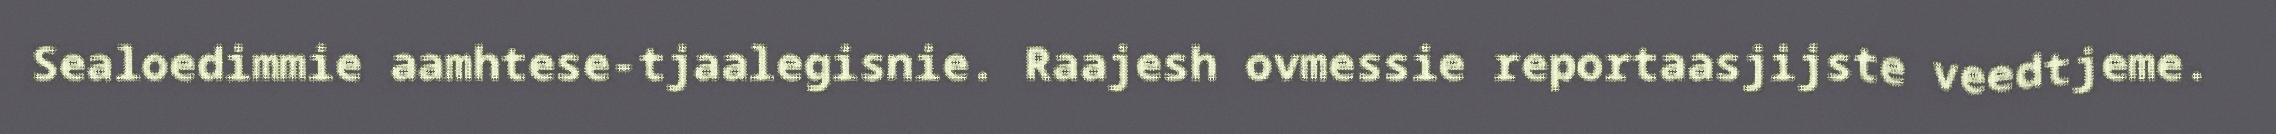
Sealoedimmie aamhtese-tjaalegisnie. Raajesh ovmessie reportaasjijste veedtjeme.